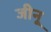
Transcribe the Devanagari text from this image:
जीनू